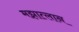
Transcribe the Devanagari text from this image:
मझात्लान